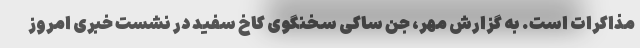
مذاکرات است. به گزارش مهر، جن ساکی سخنگوی کاخ سفید در نشست خبری امروز